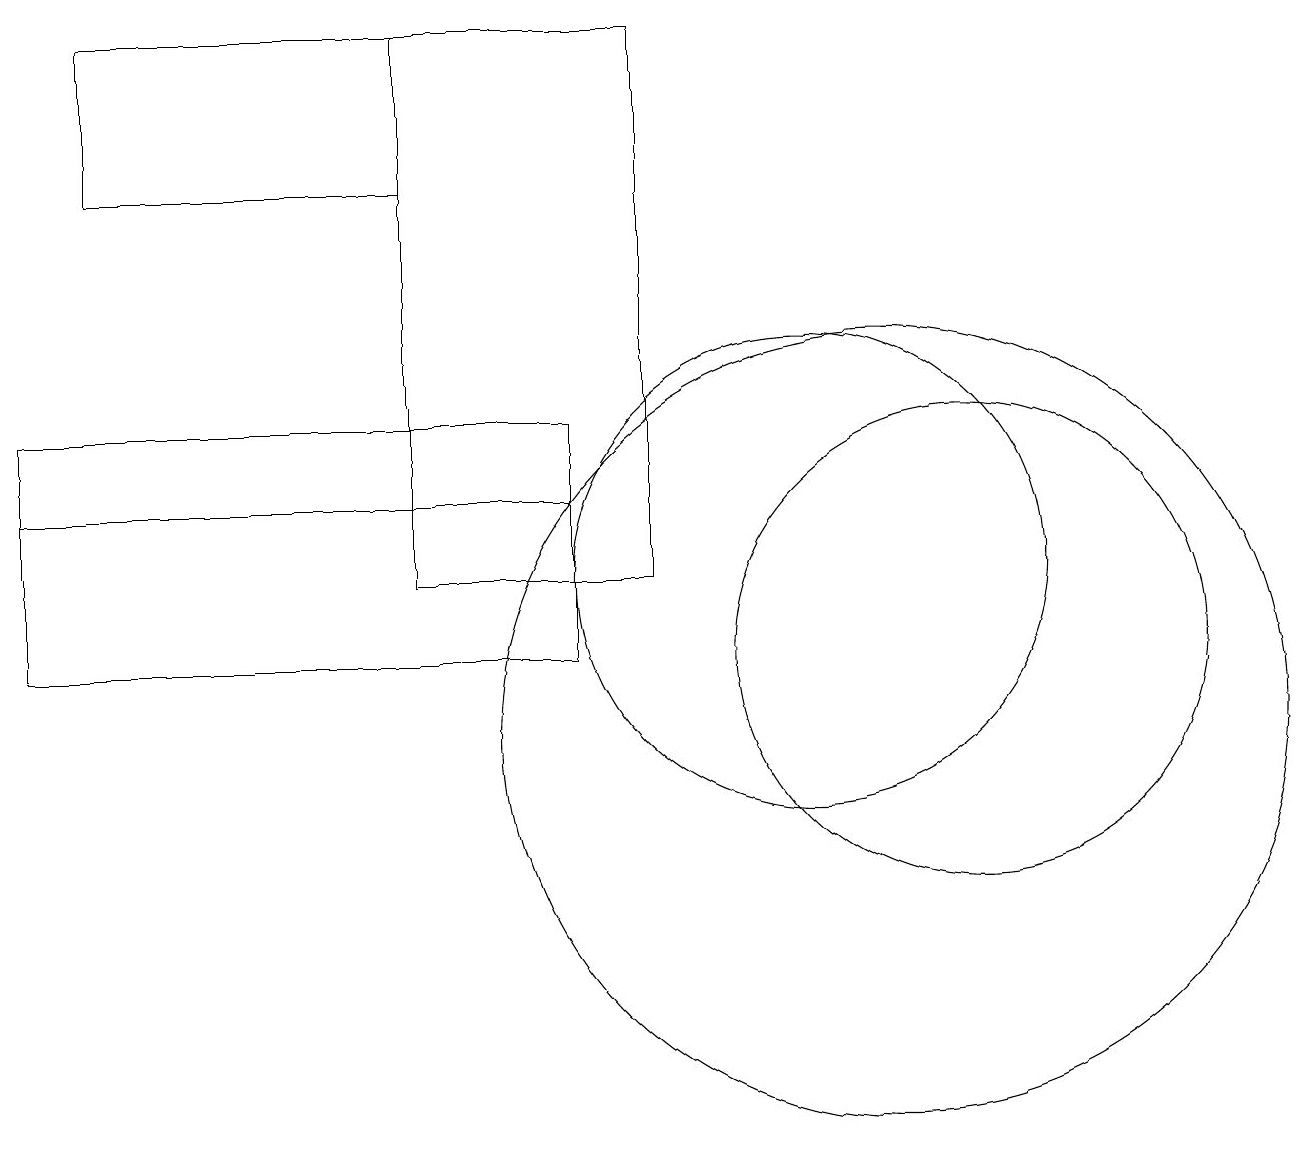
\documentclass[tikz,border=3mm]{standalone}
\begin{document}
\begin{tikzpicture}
\draw (12,11) circle (3);
\draw (7,14) rectangle (0,13);
\draw (8,19) rectangle (5,12);
\draw (7,11) rectangle (0,14);
\draw (1,17) rectangle (5,19);
\draw (11,10) circle (5);
\draw (10,12) circle (3);
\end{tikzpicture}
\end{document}